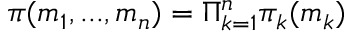
\pi ( m _ { 1 } , . . . , m _ { n } ) = \Pi _ { k = 1 } ^ { n } \pi _ { k } ( m _ { k } )